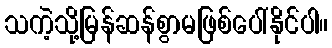
သကဲ့သို့မြန်ဆန်စွာမဖြစ်ပေါ်နိုင်ပါ။